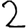
Digit: 2